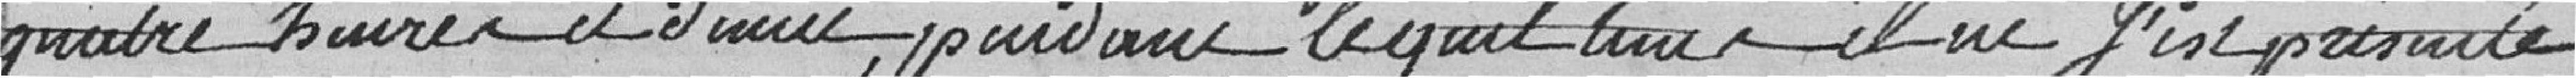
quatre heures et demie pendant lequel tant il ne s'est présenté